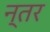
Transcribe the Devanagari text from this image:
न्तर